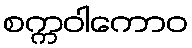
စက္ကဝါကောဝ